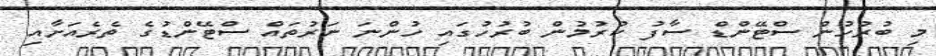
މި ބުރުހުން ސްޓޭންޑް ސާފު ކުރުމުން ބުރުހުގައި ހުންނަ ނަރުތައް ސްޓޭންޑުގެ ތެރެއަށާއި